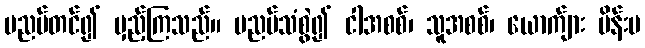
ပညပ်တင်၍ မှည့်ကြသည်။ ပညပ်သံစွဲ၍ ငါအစစ်၊ သူအစစ်၊ ယောက်ျား မိန်းမ